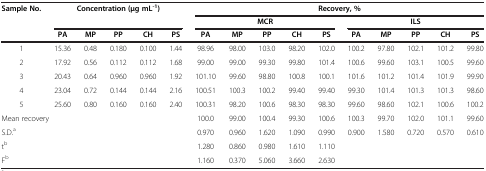
<table><thead><tr><td rowspan="3"><b>Sample No.</b></td><td rowspan="2" colspan="5"><b>Concentration (μg mL<sup>-1</sup>)</b></td><td colspan="10"><b>Recovery, %</b></td></tr><tr><td colspan="5"><b>MCR</b></td><td colspan="5"><b>ILS</b></td></tr><tr><td><b>PA</b></td><td><b>MP</b></td><td><b>PP</b></td><td><b>CH</b></td><td><b>PS</b></td><td><b>PA</b></td><td><b>MP</b></td><td><b>PP</b></td><td><b>CH</b></td><td><b>PS</b></td><td><b>PA</b></td><td><b>MP</b></td><td><b>PP</b></td><td><b>CH</b></td><td><b>PS</b></td></tr></thead><tbody><tr><td>1</td><td>15.36</td><td>0.48</td><td>0.180</td><td>0.100</td><td>1.44</td><td>98.96</td><td>98.00</td><td>103.0</td><td>98.20</td><td>102.0</td><td>100.2</td><td>97.80</td><td>102.1</td><td>101.2</td><td>99.80</td></tr><tr><td>2</td><td>17.92</td><td>0.56</td><td>0.112</td><td>0.112</td><td>1.68</td><td>99.00</td><td>99.00</td><td>99.30</td><td>99.80</td><td>101.4</td><td>100.6</td><td>99.60</td><td>103.1</td><td>100.5</td><td>99.60</td></tr><tr><td>3</td><td>20.43</td><td>0.64</td><td>0.960</td><td>0.960</td><td>1.92</td><td>101.10</td><td>99.60</td><td>98.80</td><td>100.8</td><td>100.1</td><td>101.6</td><td>101.2</td><td>101.4</td><td>101.9</td><td>99.90</td></tr><tr><td>4</td><td>23.04</td><td>0.72</td><td>0.144</td><td>0.144</td><td>2.16</td><td>100.51</td><td>100.3</td><td>100.2</td><td>99.40</td><td>99.40</td><td>99.30</td><td>101.4</td><td>101.3</td><td>101.3</td><td>98.60</td></tr><tr><td>5</td><td>25.60</td><td>0.80</td><td>0.160</td><td>0.160</td><td>2.40</td><td>100.31</td><td>98.20</td><td>100.6</td><td>98.30</td><td>98.30</td><td>99.60</td><td>98.60</td><td>102.1</td><td>100.6</td><td>100.2</td></tr><tr><td colspan="6">Mean recovery</td><td>100.0</td><td>99.00</td><td>100.4</td><td>99.30</td><td>100.6</td><td>100.3</td><td>99.70</td><td>102.0</td><td>101.1</td><td>99.60</td></tr><tr><td colspan="6">S.D.<sup>a</sup></td><td>0.970</td><td>0.960</td><td>1.620</td><td>1.090</td><td>0.990</td><td>0.900</td><td>1.580</td><td>0.720</td><td>0.570</td><td>0.610</td></tr><tr><td colspan="6">t<sup>b</sup></td><td>1.280</td><td>0.860</td><td>0.980</td><td>1.610</td><td>1.110</td><td> </td><td> </td><td> </td><td> </td><td> </td></tr><tr><td colspan="6">F<sup>b</sup></td><td>1.160</td><td>0.370</td><td>5.060</td><td>3.660</td><td>2.630</td><td> </td><td> </td><td> </td><td> </td><td> </td></tr></tbody></table>